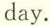
day.